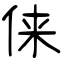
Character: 俫